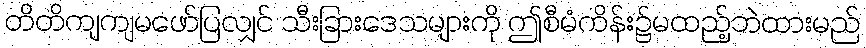
တိတိကျကျမဖော်ပြလျှင် သီးခြားဒေသများကို ဤစီမံကိန်း၌မထည့်ဘဲထားမည်